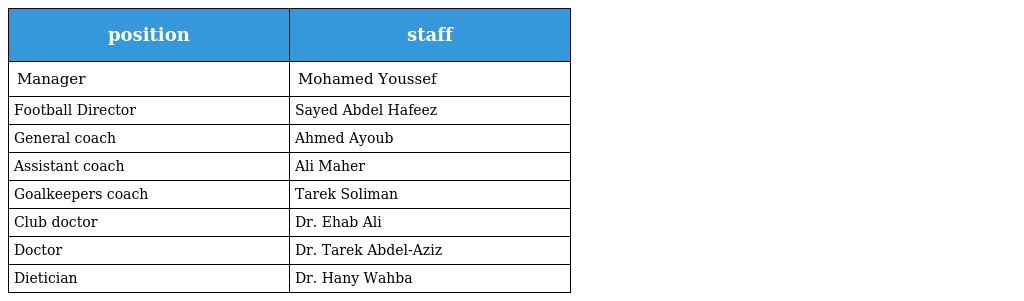
| position | staff |
 | --- | --- |
 | Manager | Mohamed Youssef |
 | Football Director | Sayed Abdel Hafeez |
 | General coach | Ahmed Ayoub |
 | Assistant coach | Ali Maher |
 | Goalkeepers coach | Tarek Soliman |
 | Club doctor | Dr. Ehab Ali |
 | Doctor | Dr. Tarek Abdel-Aziz |
 | Dietician | Dr. Hany Wahba |